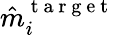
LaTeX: \hat{m}_{i}^{\mathrm{~t~a~r~g~e~t~}}